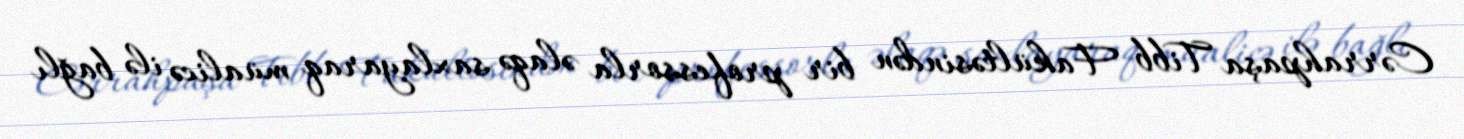
Cərrahpaşa Tibb Fakültəsindən bir professorla əlaqə saxlayaraq müalicə ilə bağlı